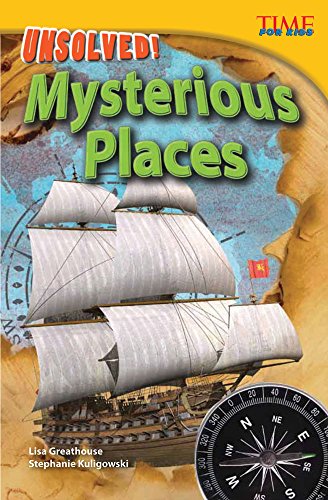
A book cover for Unsolved! Mysterious Places (Time for Kids Nonfiction Readers: Level 4.3); Stephanie Kuligowski; Children's Books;